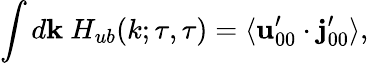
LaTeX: \int d{\mathbf{k}}\ H_{ub}(k;\tau,\tau)=\langle{{\mathbf{u}}_{00}^{\prime}\cdot{\mathbf{j}}_{00}^{\prime}}\rangle,